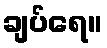
ချပ်ရေ။